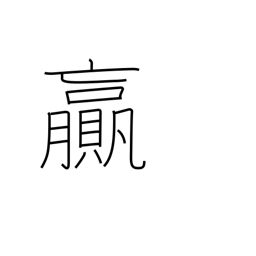
Meaning: surplus